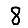
Digit: 8